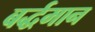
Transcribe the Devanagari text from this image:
बर्द्धमान